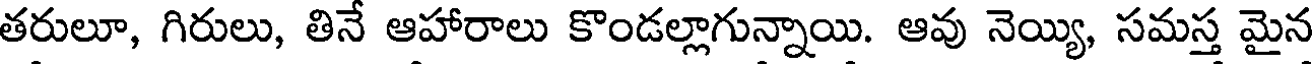
తరులూ, గిరులు, తినే ఆహారాలు కొండల్లాగున్నాయి. ఆవు నెయ్యి, సమస్త మైన